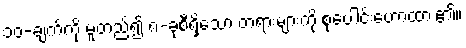
၁၀-ချက်ကို မူတည်၍ ၈-ခုစီရှိသော တရားများကို စုပေါင်းဟောထား၏။